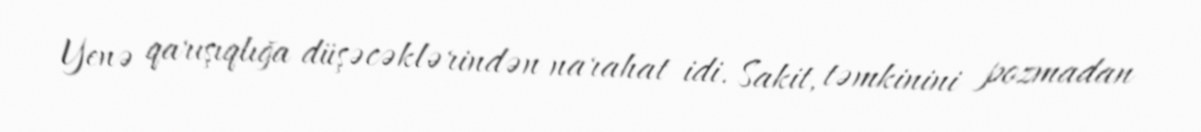
Yenə qarışıqlığa düşəcəklərindən narahat idi. Sakit, təmkinini pozmadan